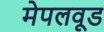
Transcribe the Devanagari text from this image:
मेपलवूड